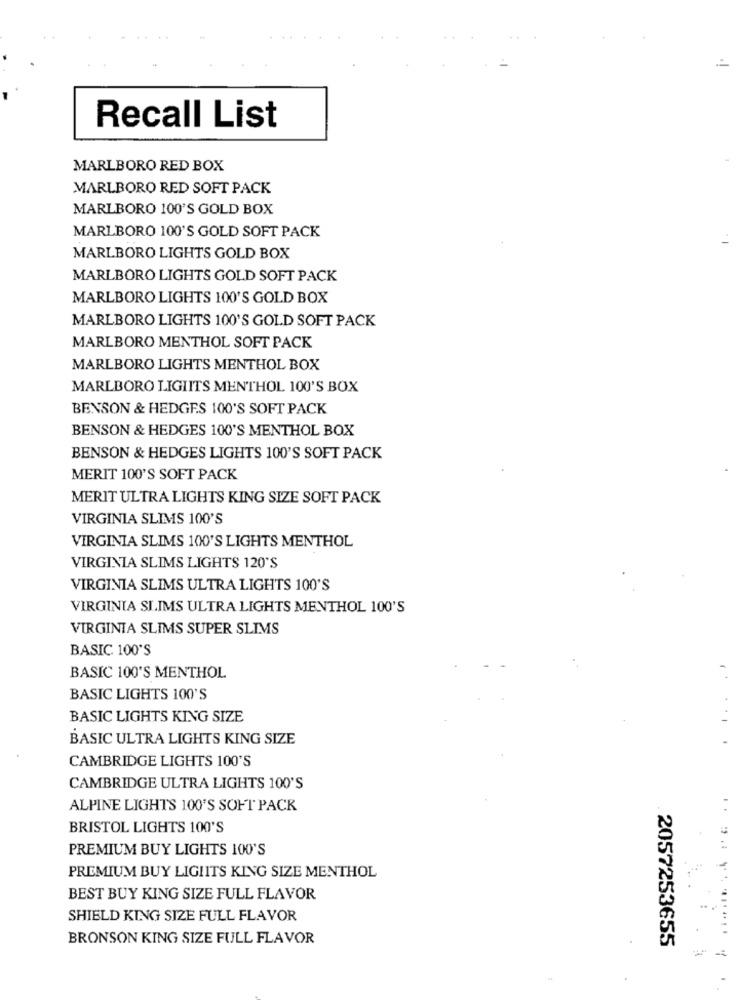
Recall List
MARLBORO RED BOX
MARLBORO RED SOFT PACK
MARLBORO 100'S GOLD BOX
MARLBORO 100'S GOLD SOFT PACK
MARLBORO LIGHTS GOLD BOX
MARLBORO LIGHTS GOLD SOFT PACK
MARLBORO LIGHTS 100'S GOLD BOX
MARLBORO LIGHTS 100'S GOLD SOFT PACK
MARLBORO MENTHOL SOFT PACK
MARLBORO LIGHTS MENTHOL BOX
MARLBORO LIGIITS MENTHOL 100'S BOX
BENSON & HEDGES 100'S SOFT PACK
BENSON & HEDGES 100'S MENTHOL BOX
BENSON & HEDGES LIGHTS 100'S SOFT PACK
MERIT 100'S SOFT PACK
MERIT ULTRA LIGHTS KING SIZE SOFT PACK
VIRGINIA SLIMS 100'S
VIRGINIA SLIMS 100'S LIGHTS MENTHOL
VIRGINIA SLIMS LIGHTS 120'S
VIRGINIA SLIMS ULTRA LIGHTS 100'S
VIRGINIA SLIMS ULTRA LIGHTS MENTHOL 100'S
VIRGINIA SLIMS SUPER SLIMS
BASIC 100'S
BASIC 100'S MENTHOL
BASIC LIGHTS 100'S
BASIC LIGHTS KING SIZE
BASIC ULTRA LIGHTS KING SIZE
CAMBRIDGE LIGHTS 100'S
CAMBRIDGE ULTRA LIGHTS 100'S
ALPINE LIGHTS 100'S SOFT PACK
BRISTOL LIGHTS 100'S
PREMIUM BUY LIGHTS 100'S
PREMIUM BUY LIGHITS KING SIZE MENTHOL
BEST BUY KING SIZE FULL FLAVOR
SHIELD KING SIZE FULL FLAVOR
BRONSON KING SIZE FULL FLAVOR
2057253655